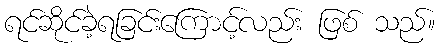
ရင်ဆိုင်ခဲ့ရခြင်းကြောင့်လည်း ဖြစ် သည်။